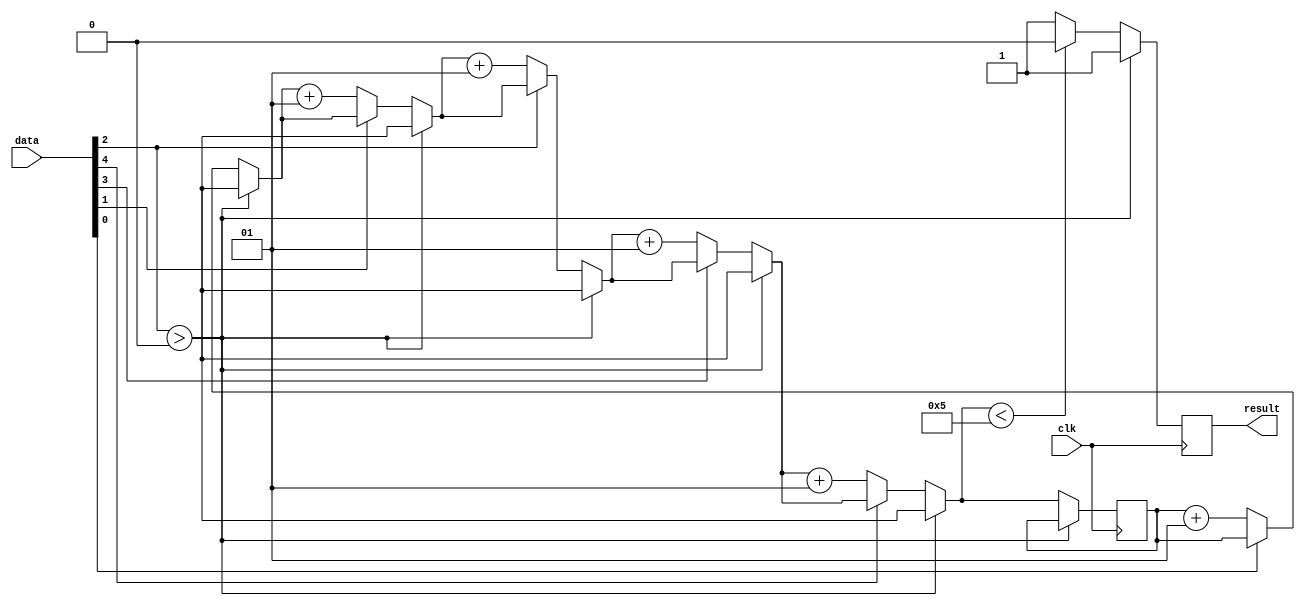
//Edge detection
module adder(result,clk,data);
  input [4:0] data;
  input clk;
  output reg result;
  
  integer i=0,count=0;
  
  always @ (posedge clk)
  begin
      if  (data[2]>0) 
              result <= 1'b1; 
      else begin
           for (i = 0; i<5; i = i+1) 
           begin
             if (data[i] == 1'b0) count = count +1;
              //i=i+1;
           end 
           if  (count <5) result <= 1'b0; 
          else result <= 1'b1;
        end 
  end
  
endmodule